Indian journal of veterinary science and animal husbandry - Volumes 28-29, 1958-1959
Year: 1958
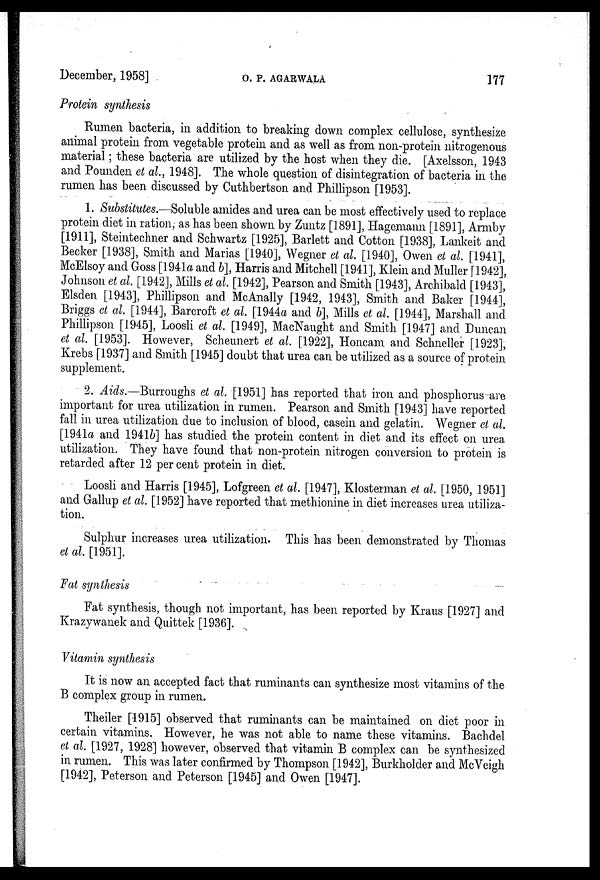
December, 1958]
O.
P.
AGARWALA
177
Protein synthesis
Rumen bacteria, in addition to breaking down complex cellulose, synthesize
animal protein from vegetable protein and as well as from non-protein nitrogenous
material; these bacteria are utilized by the host when they die. [Axelsson, 1943
and Pounden et al., 1948]. The whole question of disintegration of bacteria in the
rumen has been discussed by Cuthbertson and Phillipson [1953].
1. Substitutes.—Soluble amides and urea can be most effectively used to replace
protein diet in ration, as has been shown by Zuntz [1891], Hagemann [1891], Armby
[1911], Steintechner and Schwartz [1925], Barlett and Cotton [1938], Lankeit and
Becker [1938], Smith and Marias [1940], Wegner et al. [1940], Owen et al. [1941],
McElsoy and Goss [1941a and b], Harris and Mitchell [1941], Klein and Muller [1942],
Johnson et al. [1942], Mills et al. [1942], Pearson and Smith [1943], Archibald [1943],
Elsden [1943], Phillipson and McAnally [1942, 1943], Smith and Baker [1944],
Briggs et al. [1944], Barcroft et al. [1944a and b], Mills et al. [1944], Marshall and
Phillipson [1945], Loosli et al. [1949], MacNaught and Smith [1947] and Duncan
et al. [1953]. However, Scheunert et al. [1922], Honcam and Schneller [1923],
Krebs [1937] and Smith [1945] doubt that urea can be utilized as a source of protein
supplement.
2. Aids.—Burroughs et al. [1951] has reported that iron and phosphorus are
important for urea utilization in rumen. Pearson and Smith [1943] have reported
fall in urea utilization due to inclusion of blood, casein and gelatin. Wegner et al.
[1941a and 1941b] has studied the protein content in diet and its effect on urea
utilization. They have found that non-protein nitrogen conversion to protein is
retarded after 12 per cent protein in diet.
Loosli and Harris [1945], Lofgreen et al. [1947], Klosterman et al. [1950, 1951]
and Gallup et al. [1952] have reported that methionine in diet increases urea utiliza-
tion.
Sulphur increases urea utilization. This has been demonstrated by Thomas
et al. [1951].
Fat synthesis
Fat synthesis, though not important, has been reported by Kraus [1927] and
Krazywanek and Quittek [1936].
Vitamin synthesis
It is now an accepted fact that ruminants can synthesize most vitamins of the
B complex group in rumen.
Theiler [1915] observed that ruminants can be maintained on diet poor in
certain vitamins. However, he was not able to name these vitamins. Bachdel
et al. [1927, 1928] however, observed that vitamin B complex can be synthesized
in rumen. This was later confirmed by Thompson [1942], Burkholder and McVeigh
[1942], Peterson and Peterson [1945] and Owen [1947].